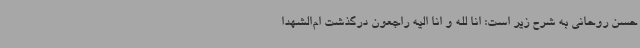
حسن روحانی به شرح زیر است: انا لله و انا الیه راجعون درگذشت ام‌الشهدا